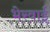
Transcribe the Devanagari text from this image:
भेरवाई